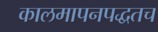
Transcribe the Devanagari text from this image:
कालमापनपद्धतच